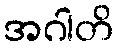
အဂါတိ